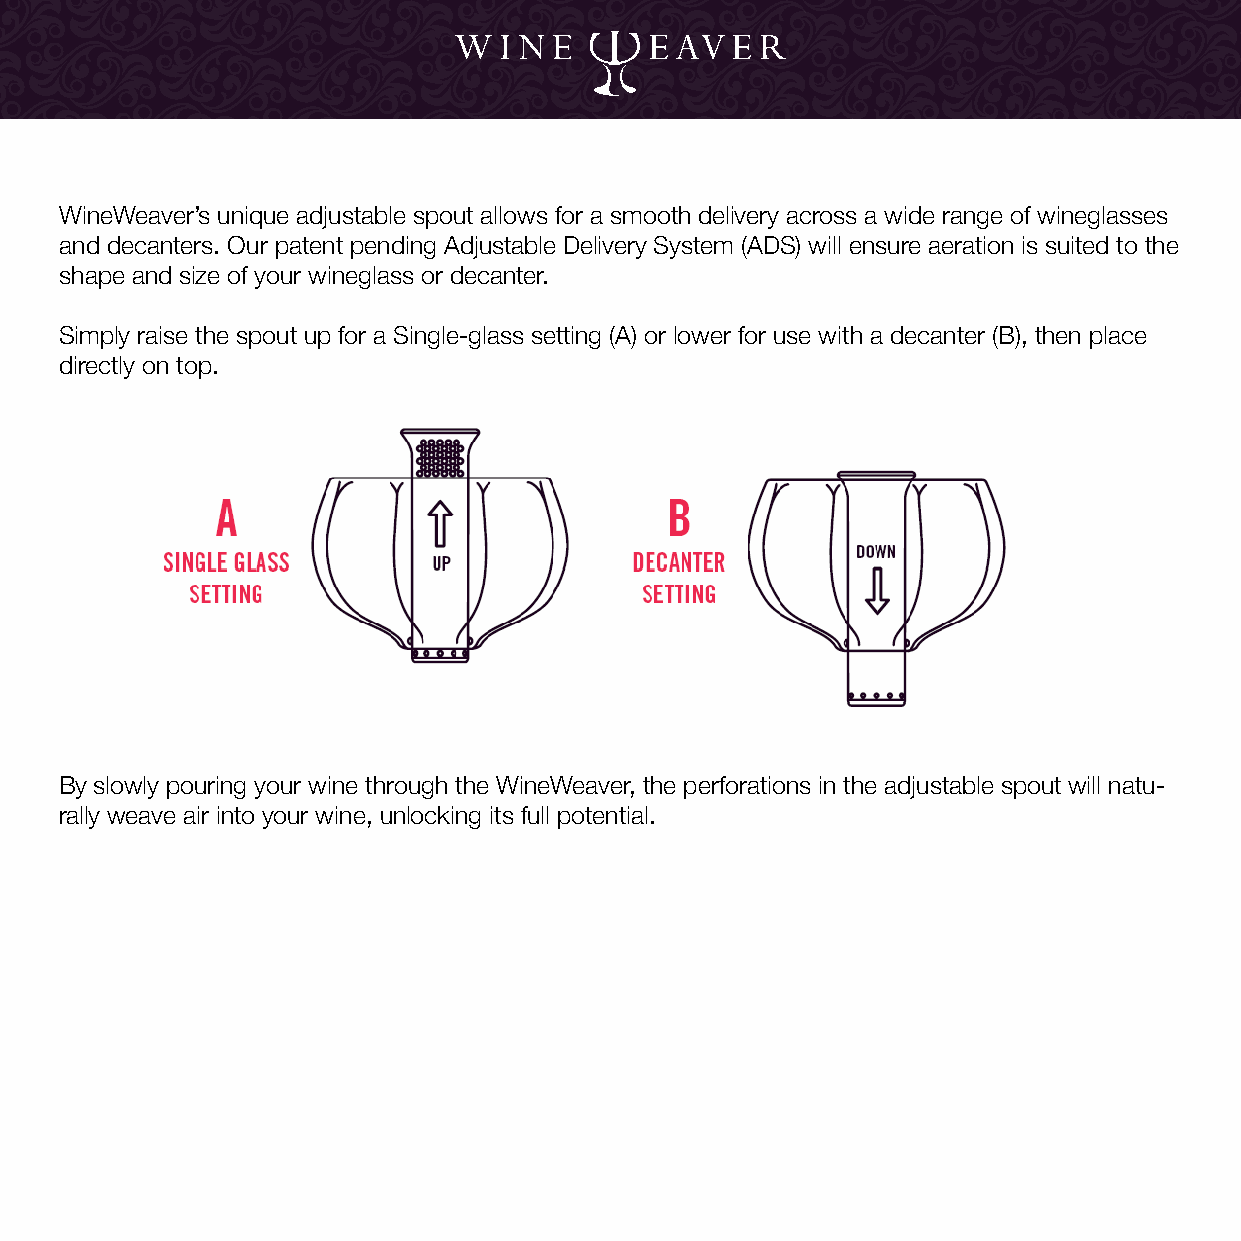
WineWeaver’s unique adjustable spout allows for a smooth delivery across a wide range of wineglasses
 and decanters. Our patent pending Adjustable Delivery System (ADS) will ensure aeration is suited to the
 shape and size of your wineglass or decanter.
 Simply raise the spout up for a Single-glass setting (A) or lower for use with a decanter (B), then place
 directly on top.
 By slowly pouring your wine through the WineWeaver, the perforations in the adjustable spout will natu-
 rally weave air into your wine, unlocking its full potential.